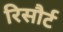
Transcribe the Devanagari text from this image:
रिसौर्ट